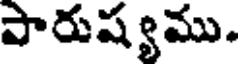
పారుష్యము.